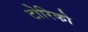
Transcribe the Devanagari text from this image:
टोरिको